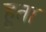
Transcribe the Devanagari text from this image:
हूता